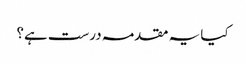
کیا یہ مقدمہ درست ہے؟